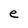
Character: e